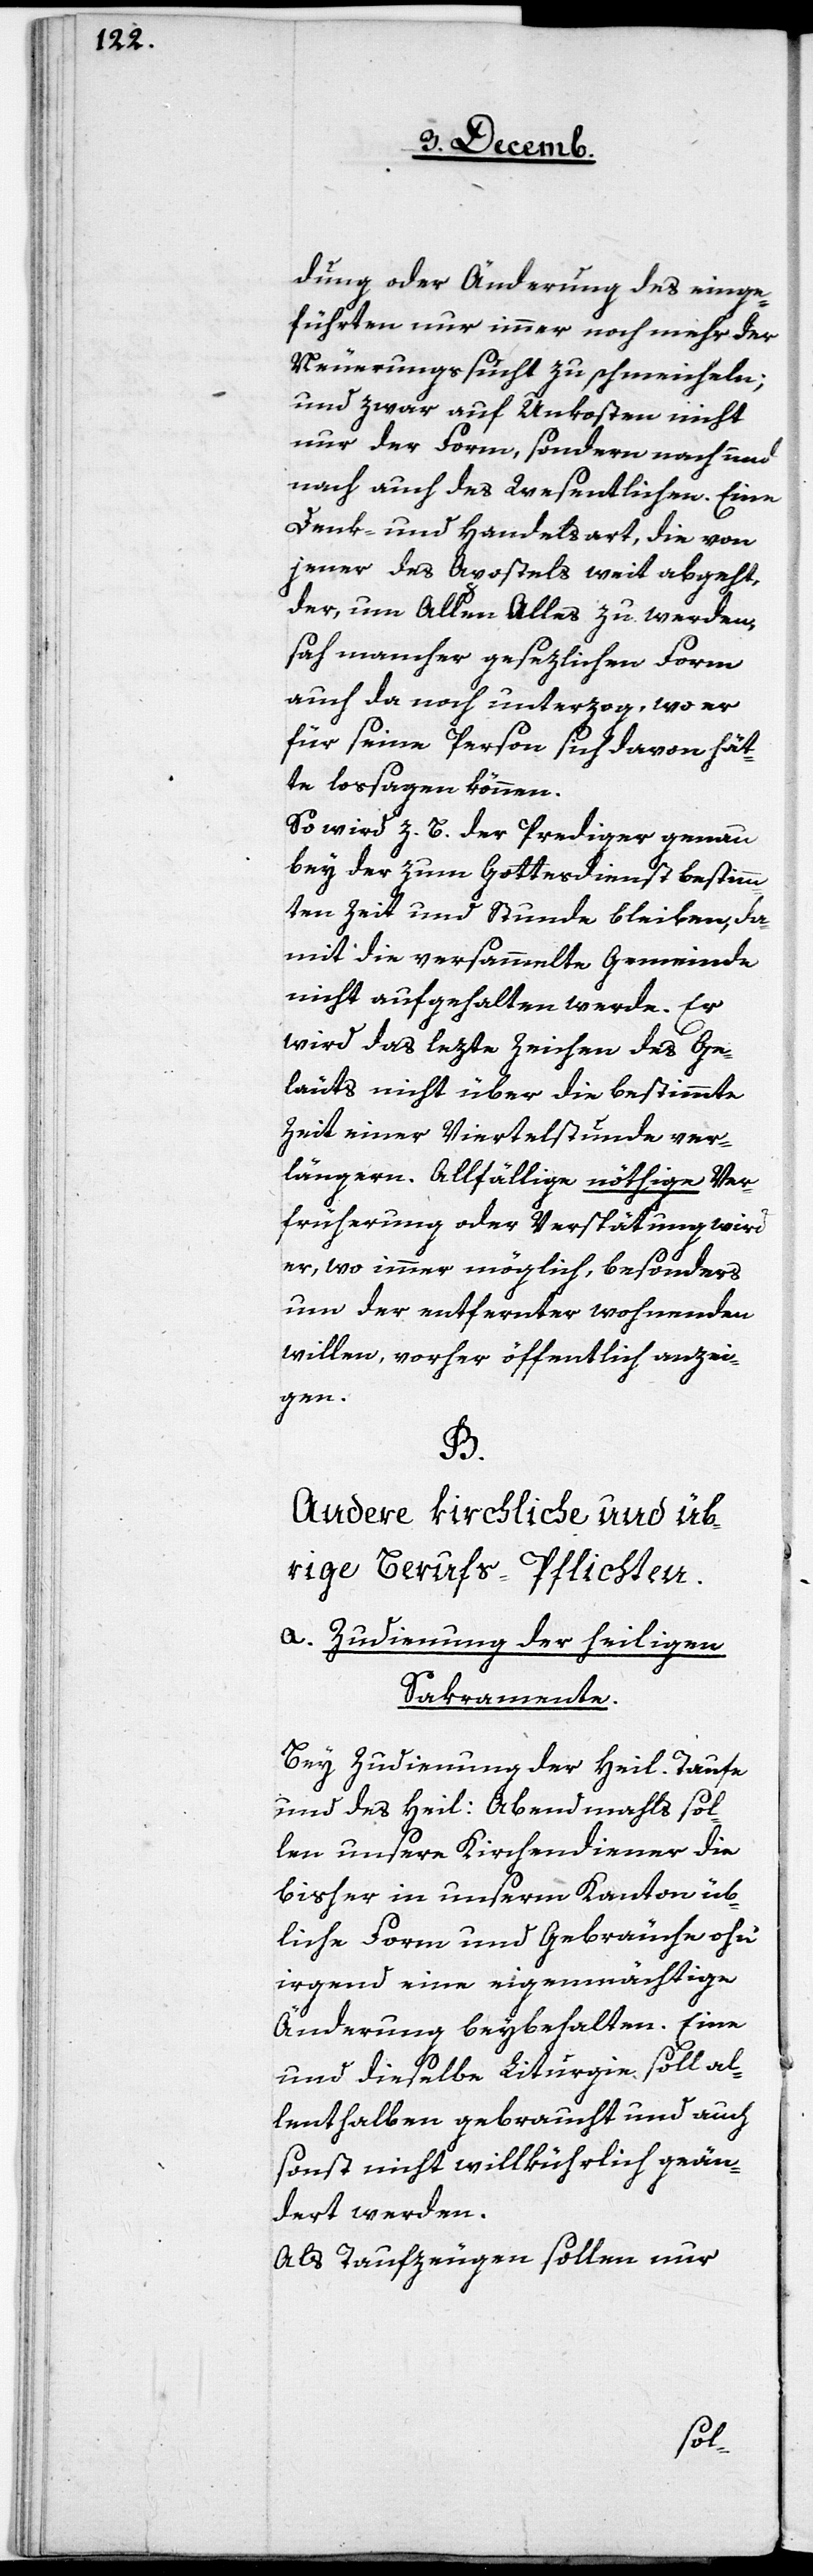
dung oder Änderung des einge¬
führten nur immer noch mehr der
Neuerungssucht zu schmeicheln;
und zwar auf Unkosten nicht
nur der Form, sondern nach und
nach auch des Wesentlichen. Eine
Denk- und Handelsart, die von
jener des Apostels weit abgeht,
der, um Allen Alles zu werden,
sah mancher gesezlichen Form
auch da noch unterzog, wo er
für seine Person sich davon hät¬
te lossagen können.
So wird z. B. der Prediger genau
bey der zum Gottesdienst bestimm¬
ten Zeit und Stunde bleiben, da¬
mit die versammelte Gemeinde
nicht aufgehalten werde. Er
wird das lezte Zeichen des Ge¬
läuts nicht über die bestimmte
Zeit einer Viertelstunde ver¬
längern. Allfällige nöthige Ver¬
früherung oder Verspätung wird
er, wo immer möglich, besonders
um der entfernter wohnenden
willen, vorher öffentlich anzei¬
gen.
B.
Andere kirchliche und üb¬
rige Berufs-Pflichten
a. Zudienung der heiligen
Sakramente.
Bey Zudienung der heil. Taufe
und des heil: Abendmahls sol¬
len unsere Kirchendiener die
bisher in unserm Kanton üb¬
liche Form und Gebräuche ohne
irgend eine eigenmächtige
Änderung beybehalten. Eine
und dieselbe Liturgie soll al¬
lenthalben gebraucht und auch
sonst nicht willkührlich geän¬
dert werden.
Als Taufzeugen sollen nur